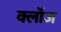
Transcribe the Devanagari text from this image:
क्लाॅज